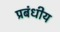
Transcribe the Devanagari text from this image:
प्रबंधीय